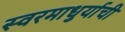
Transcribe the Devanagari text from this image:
स्वरमाधुर्याची